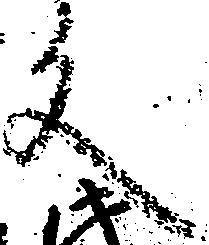
文